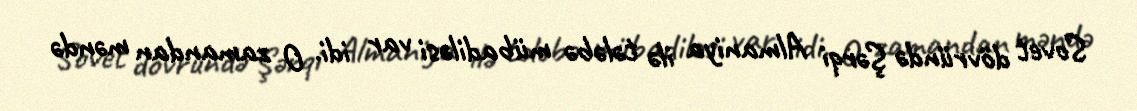
Sovet dövründə Şərqi Almaniya ilə tələbə mübadiləsi var idi. O zamandan məndə